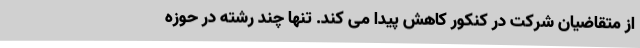
از متقاضیان شرکت در کنکور کاهش پیدا می کند. تنها چند رشته در حوزه